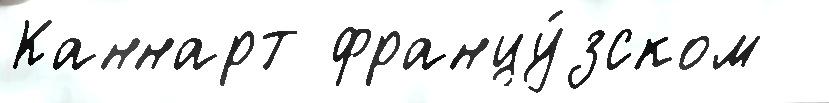
Каннарт францу́зском